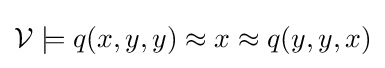
{\mathcal {V}}\models q(x,y,y)\approx x\approx q(y,y,x)